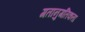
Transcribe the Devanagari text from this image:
गतानुगतिकता